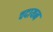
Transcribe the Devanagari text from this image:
चदायन